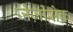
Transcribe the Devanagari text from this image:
जेज़ीसेक